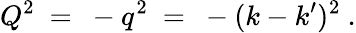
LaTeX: Q^{2}\ =\ -q^{2}\ =\ -(k-k^{\prime})^{2}\ .